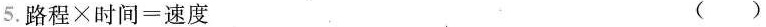
5.$$路 程 \times 时 间 = 速 度 $$ ()